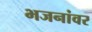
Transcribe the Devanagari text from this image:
भजनांवर